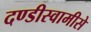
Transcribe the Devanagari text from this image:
दण्डीस्वामीसे